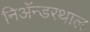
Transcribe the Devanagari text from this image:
निअॅन्डरथाल